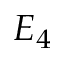
E _ { 4 }